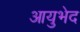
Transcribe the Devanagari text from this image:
आयुभेद